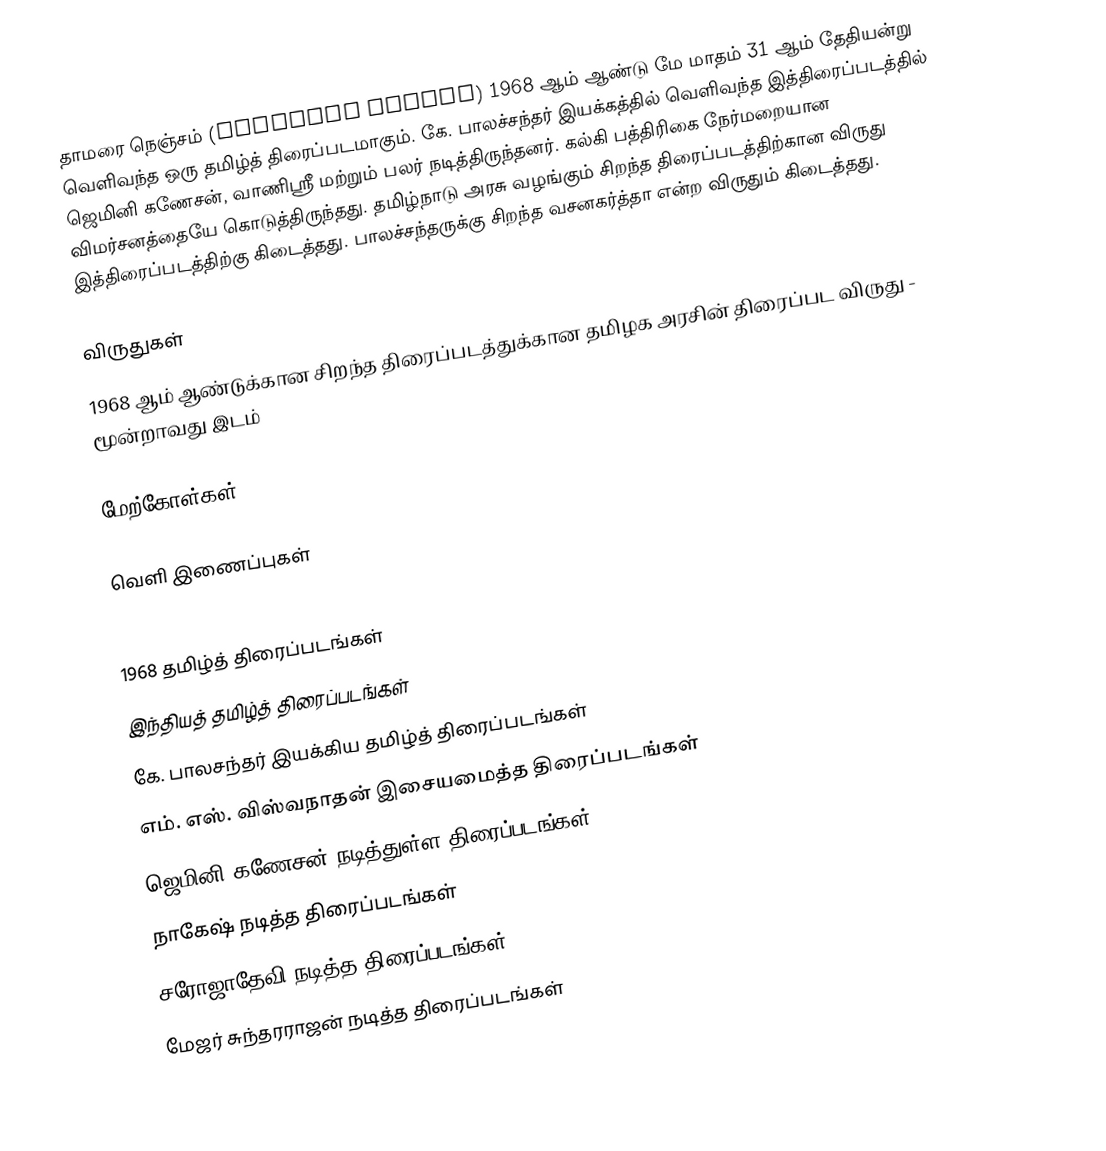
தாமரை நெஞ்சம் (Thamarai Nenjam) 1968 ஆம் ஆண்டு மே மாதம் 31 ஆம் தேதியன்று வெளிவந்த ஒரு தமிழ்த் திரைப்படமாகும். கே. பாலச்சந்தர் இயக்கத்தில்  வெளிவந்த இத்திரைப்படத்தில் ஜெமினி கணேசன், வாணிஸ்ரீ மற்றும் பலர் நடித்திருந்தனர். கல்கி பத்திரிகை நேர்மறையான விமர்சனத்தையே கொடுத்திருந்தது. தமிழ்நாடு அரசு வழங்கும் சிறந்த திரைப்படத்திற்கான விருது இத்திரைப்படத்திற்கு கிடைத்தது. பாலச்சந்தருக்கு சிறந்த வசனகர்த்தா என்ற விருதும் கிடைத்தது.

விருதுகள்
 1968 ஆம் ஆண்டுக்கான சிறந்த திரைப்படத்துக்கான தமிழக அரசின் திரைப்பட விருது  - மூன்றாவது இடம்

மேற்கோள்கள்

வெளி இணைப்புகள்

1968 தமிழ்த் திரைப்படங்கள்
இந்தியத் தமிழ்த் திரைப்படங்கள்
கே. பாலசந்தர் இயக்கிய தமிழ்த் திரைப்படங்கள்
எம். எஸ். விஸ்வநாதன் இசையமைத்த திரைப்படங்கள்
ஜெமினி கணேசன் நடித்துள்ள திரைப்படங்கள்
நாகேஷ் நடித்த திரைப்படங்கள்
சரோஜாதேவி நடித்த திரைப்படங்கள்
மேஜர் சுந்தரராஜன் நடித்த திரைப்படங்கள்